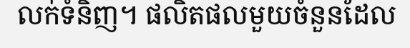
លក់ទំនិញ។ ផលិតផលមួយចំនួនដែល